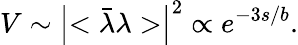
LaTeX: V\sim\left|<\bar{\lambda}\lambda>\right|^{2}\propto e^{-3s/b}.